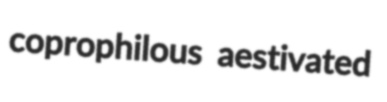
coprophilous aestivated